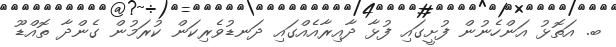
ބ. އަތޮޅު އަންހެނުން ފުށީގައި ފުޅާ ދާއިރާއެއްގައި ދަނޑުވެރިކަން ކުރަމުން ގެންދާ ތޮއްޑޫ